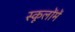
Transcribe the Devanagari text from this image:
स्कूलोंमें